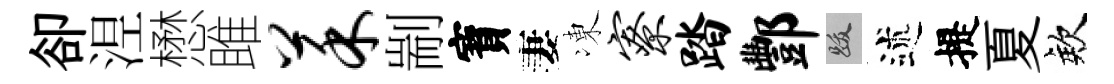
卻𣵀懋雎菜剬寳妻凍寮踏酆跋述提夏欸